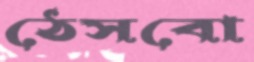
ঠেসবো